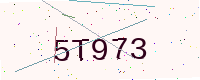
Text: 5T973